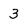
Character: 3